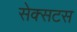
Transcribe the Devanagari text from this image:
सेक्सटस